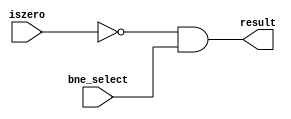
module bne(iszero,bne_select,result);

	input iszero,bne_select;
	output result;
	
	assign result = (~iszero)&(bne_select);//when the alu result is not zero and bne_select signal is high , result signal becomes high
	
endmodule